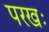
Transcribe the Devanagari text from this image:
परखः